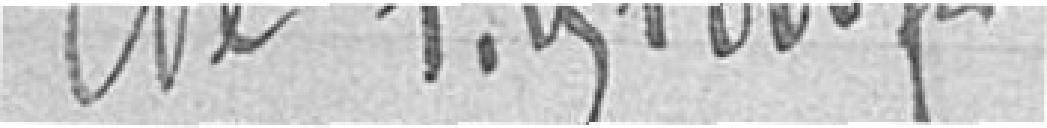
de 1.254.000 francs